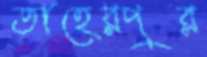
তাহেরপুর